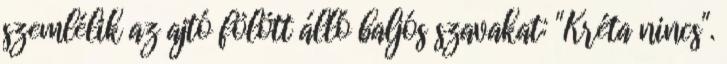
szemlélik az ajtó fölött álló baljós szavakat: "Kréta nincs".